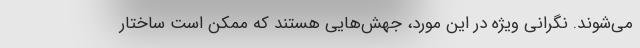
می‌شوند. نگرانی ویژه در این مورد، جهش‌هایی هستند که ممکن است ساختار